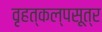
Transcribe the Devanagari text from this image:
वृहत्कल्पसूत्र